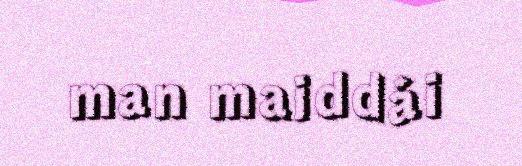
man maiddái